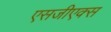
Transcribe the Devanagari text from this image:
एसजीएक्स